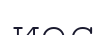
иес